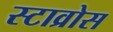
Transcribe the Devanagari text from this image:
स्टाव्रोस